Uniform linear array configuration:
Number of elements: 8
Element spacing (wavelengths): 0.25
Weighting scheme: kaiser
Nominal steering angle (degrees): -45
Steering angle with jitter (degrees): -44.816
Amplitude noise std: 0.05
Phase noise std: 0.05

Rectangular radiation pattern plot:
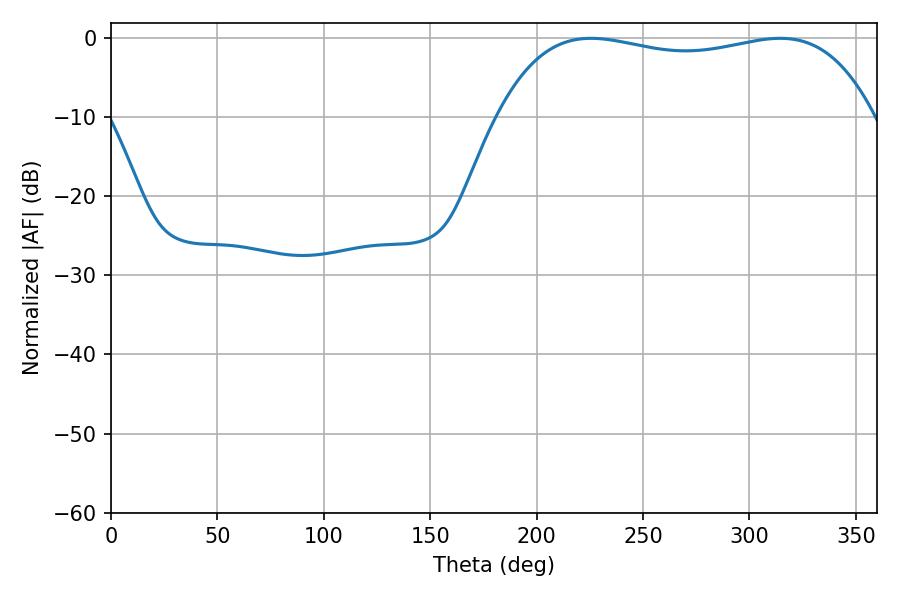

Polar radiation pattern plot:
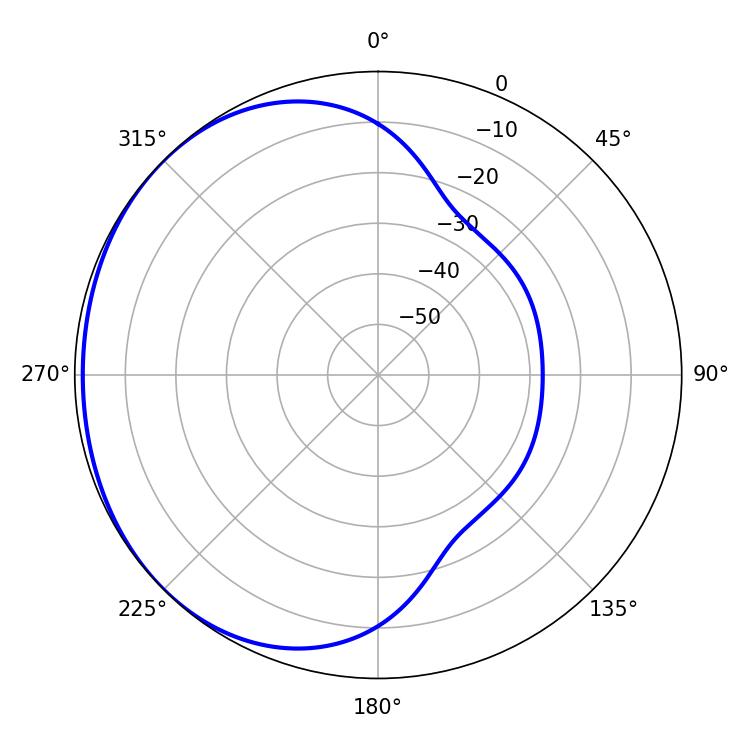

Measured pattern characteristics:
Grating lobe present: FALSE
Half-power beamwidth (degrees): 142.56
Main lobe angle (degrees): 225.54